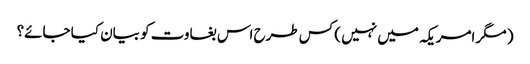
( مگر امریکہ میں نہیں ) کس طرح اس بغاوت کو بیان کیا جائے؟